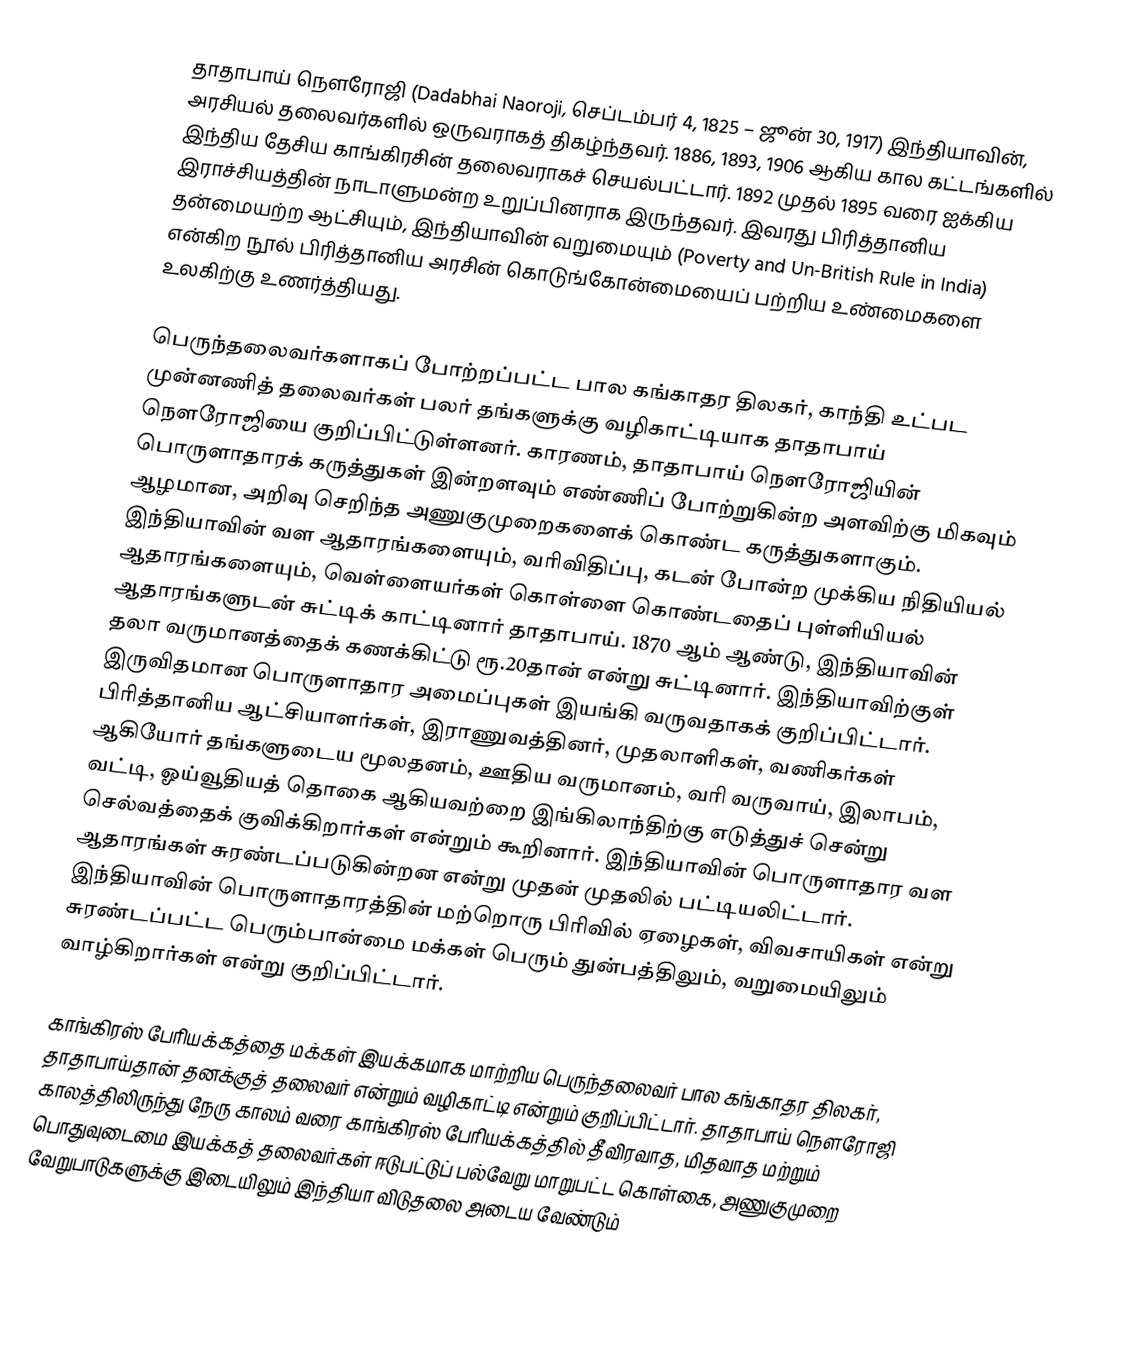
தாதாபாய் நௌரோஜி (Dadabhai Naoroji, செப்டம்பர் 4, 1825 – ஜூன் 30, 1917) இந்தியாவின், அரசியல் தலைவர்களில் ஒருவராகத் திகழ்ந்தவர். 1886, 1893, 1906 ஆகிய கால கட்டங்களில் இந்திய தேசிய காங்கிரசின் தலைவராகச் செயல்பட்டார். 1892 முதல் 1895 வரை ஐக்கிய இராச்சியத்தின் நாடாளுமன்ற உறுப்பினராக இருந்தவர். இவரது பிரித்தானிய தன்மையற்ற ஆட்சியும், இந்தியாவின் வறுமையும் (Poverty and Un-British Rule in India) என்கிற நூல் பிரித்தானிய அரசின் கொடுங்கோன்மையைப் பற்றிய உண்மைகளை உலகிற்கு உணர்த்தியது.

பெருந்தலைவர்களாகப் போற்றப்பட்ட பால கங்காதர திலகர், காந்தி உட்பட முன்னணித் தலைவர்கள் பலர் தங்களுக்கு வழிகாட்டியாக தாதாபாய் நௌரோஜியை குறிப்பிட்டுள்ளனர். காரணம், தாதாபாய் நௌரோஜியின் பொருளாதாரக் கருத்துகள் இன்றளவும் எண்ணிப் போற்றுகின்ற அளவிற்கு மிகவும் ஆழமான, அறிவு செறிந்த அணுகுமுறைகளைக் கொண்ட கருத்துகளாகும். இந்தியாவின் வள ஆதாரங்களையும், வரிவிதிப்பு, கடன் போன்ற முக்கிய நிதியியல் ஆதாரங்களையும், வெள்ளையர்கள் கொள்ளை கொண்டதைப் புள்ளியியல் ஆதாரங்களுடன் சுட்டிக் காட்டினார் தாதாபாய். 1870 ஆம் ஆண்டு, இந்தியாவின் தலா வருமானத்தைக் கணக்கிட்டு ரூ.20தான் என்று சுட்டினார். இந்தியாவிற்குள் இருவிதமான பொருளாதார அமைப்புகள் இயங்கி வருவதாகக் குறிப்பிட்டார். பிரித்தானிய ஆட்சியாளர்கள், இராணுவத்தினர், முதலாளிகள், வணிகர்கள் ஆகியோர் தங்களுடைய மூலதனம், ஊதிய வருமானம், வரி வருவாய், இலாபம், வட்டி, ஓய்வூதியத் தொகை ஆகியவற்றை இங்கிலாந்திற்கு எடுத்துச் சென்று செல்வத்தைக் குவிக்கிறார்கள் என்றும் கூறினார். இந்தியாவின் பொருளாதார வள ஆதாரங்கள் சுரண்டப்படுகின்றன என்று முதன் முதலில் பட்டியலிட்டார். இந்தியாவின் பொருளாதாரத்தின் மற்றொரு பிரிவில் ஏழைகள், விவசாயிகள் என்று சுரண்டப்பட்ட பெரும்பான்மை மக்கள் பெரும் துன்பத்திலும், வறுமையிலும் வாழ்கிறார்கள் என்று குறிப்பிட்டார்.

காங்கிரஸ் பேரியக்கத்தை மக்கள் இயக்கமாக மாற்றிய பெருந்தலைவர் பால கங்காதர திலகர், தாதாபாய்தான் தனக்குத் தலைவர் என்றும் வழிகாட்டி என்றும் குறிப்பிட்டார். தாதாபாய் நௌரோஜி காலத்திலிருந்து நேரு காலம் வரை காங்கிரஸ் பேரியக்கத்தில் தீவிரவாத, மிதவாத மற்றும் பொதுவுடைமை இயக்கத் தலைவர்கள் ஈடுபட்டுப் பல்வேறு மாறுபட்ட கொள்கை, அணுகுமுறை வேறுபாடுகளுக்கு இடையிலும் இந்தியா விடுதலை அடைய வேண்டும்